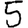
Digit: 5